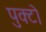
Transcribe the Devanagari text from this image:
पुक्टो